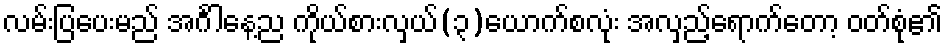
လမ်းပြပေးမည် အင်္ဂါနေ့ည ကိုယ်စားလှယ်(၃)ယောက်စလုံး အလှည့်ရောက်တော့ ဝတ်စုံ၏